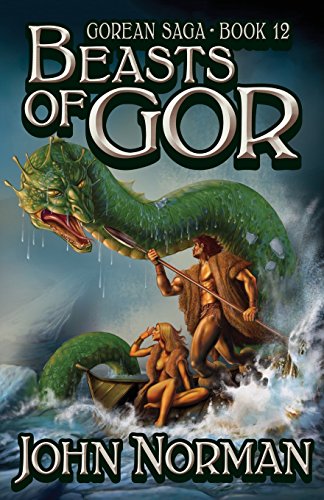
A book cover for Beasts of Gor (Gorean Saga); John Norman; Romance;